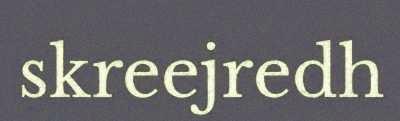
skreejredh